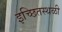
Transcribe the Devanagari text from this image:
इच्छितस्थळी